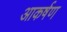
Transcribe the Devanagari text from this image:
आकर्षण्‍ा